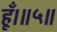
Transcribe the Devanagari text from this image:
हूँ।॥५॥